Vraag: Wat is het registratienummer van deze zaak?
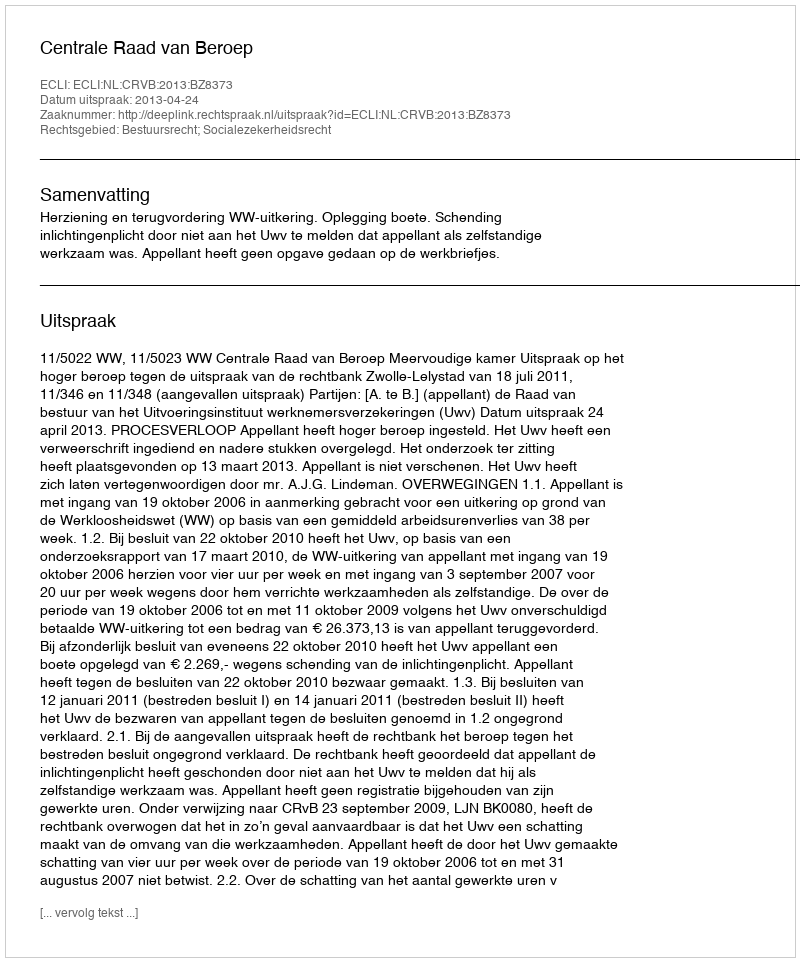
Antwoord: http://deeplink.rechtspraak.nl/uitspraak?id=ECLI:NL:CRVB:2013:BZ8373